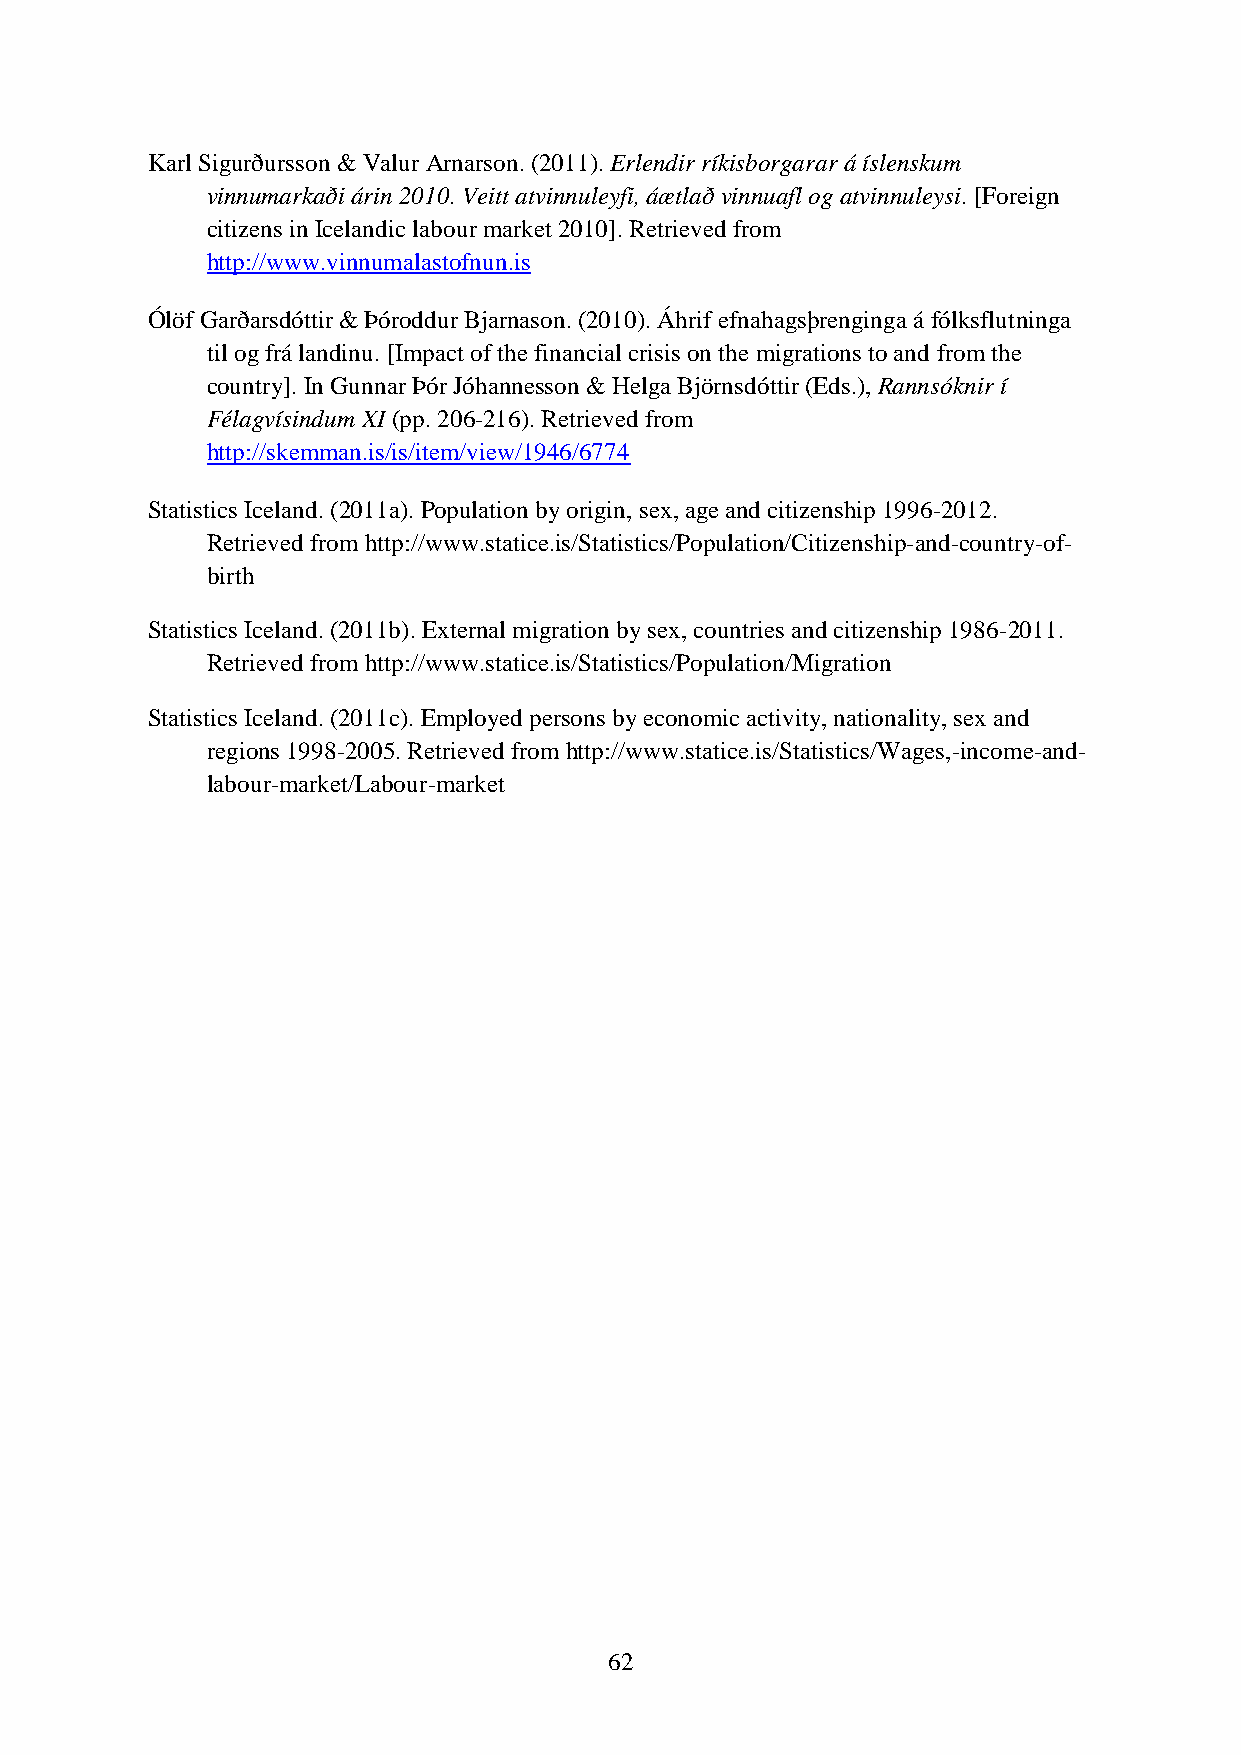
Karl Sigurðursson & Valur Arnarson. (2011). Erlendir ríkisborgarar á íslenskum
 vinnumarkaði árin 2010. Veitt atvinnuleyfi, áætlað vinnuafl og atvinnuleysi. [Foreign
 citizens in Icelandic labour market 2010]. Retrieved from
 http://www.vinnumalastofnun.is
 Ólöf Garðarsdóttir & Þóroddur Bjarnason. (2010). Áhrif efnahagsþrenginga á fólksflutninga
 til og frá landinu. [Impact of the financial crisis on the migrations to and from the
 country]. In Gunnar Þór Jóhannesson & Helga Björnsdóttir (Eds.), Rannsóknir í
 Félagvísindum XI (pp. 206-216). Retrieved from
 http://skemman.is/is/item/view/1946/6774
 Statistics Iceland. (2011a). Population by origin, sex, age and citizenship 1996-2012.
 Retrieved from http://www.statice.is/Statistics/Population/Citizenship-and-country-of-
 birth
 Statistics Iceland. (2011b). External migration by sex, countries and citizenship 1986-2011.
 Retrieved from http://www.statice.is/Statistics/Population/Migration
 Statistics Iceland. (2011c). Employed persons by economic activity, nationality, sex and
 regions 1998-2005. Retrieved from http://www.statice.is/Statistics/Wages,-income-and-
 labour-market/Labour-market
 62